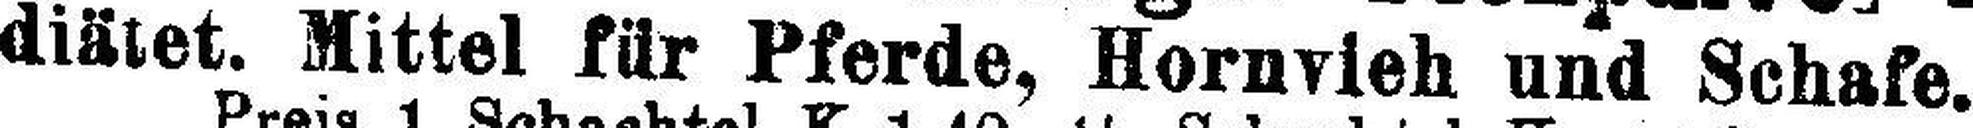
diätet. Mittel für Pferde, Hornvieh und Schafe.